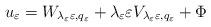
LaTeX: \begin{align*}u_{\varepsilon}=W_{\lambda_{\varepsilon}\varepsilon,q_{\varepsilon}}+\lambda_{\varepsilon}\varepsilon V_{\lambda_{\varepsilon}\varepsilon,q_{\varepsilon}}+\Phi\end{align*}